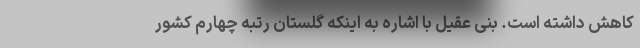
کاهش داشته است. بنی عقیل با اشاره به اینکه گلستان رتبه چهارم کشور